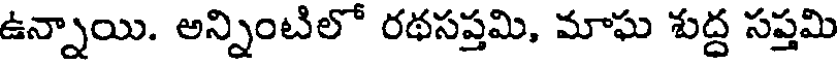
ఉన్నాయి. అన్నింటిలో రథసప్తమి, మాఘ శుద్ద సప్తమి